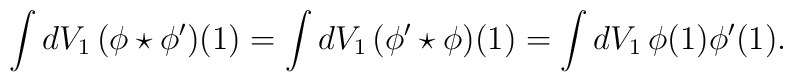
\int dV_1\,(\phi\star\phi^\prime)(1)= \int dV_1\,(\phi^\prime\star\phi)(1)= \int dV_1\,\phi(1)\phi^\prime(1).